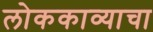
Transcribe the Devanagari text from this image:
लोककाव्याचा